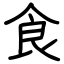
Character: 食